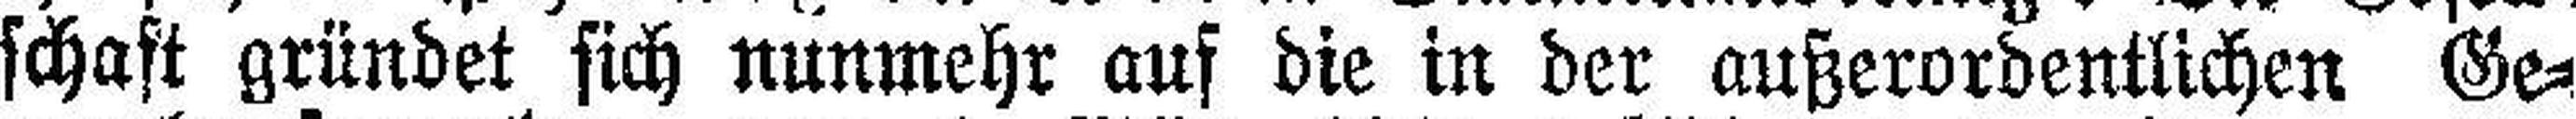
schaft gründet sich nunmehr auf die in der außerordentlichen Ge¬